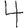
Digit: 4